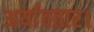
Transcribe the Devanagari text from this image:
अर्यावतार।